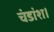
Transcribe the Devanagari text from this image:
चंडांश।